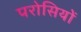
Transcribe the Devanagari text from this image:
परोसियों